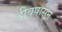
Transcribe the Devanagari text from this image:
दीवपासून